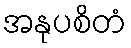
အနုပစိတံ